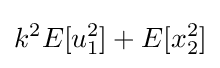
k^{2}E[u_{1}^{2}]+E[x_{2}^{2}]